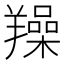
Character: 𦏛